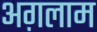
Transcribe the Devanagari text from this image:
अग़लाम